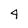
Character: 4